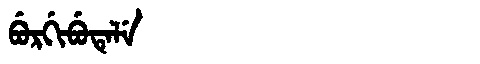
Manchu: ᠪᡠᡵᡤᡳᠪᡠᡨᡝᠯᡝ
Romanization: BURGIBUTELE